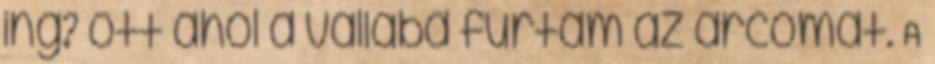
ing? ott ahol a vállába fúrtam az arcomat. A